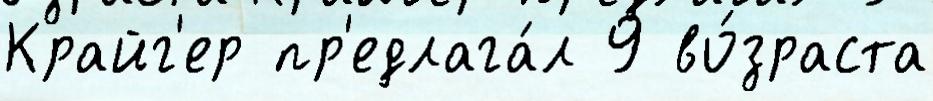
Крайг'ер пр'едлага́л 9 во́зраста